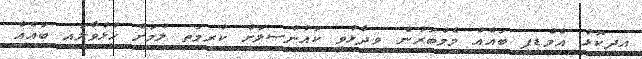
އިދިކޮޅު އެމްޑީޕީ ބައެއް މެމްބަރުން ވިދާޅުވީ ކައުންސިލަށް ކުރިމަތި ލުމަށް ހުޅުވާލައި ބައެއް